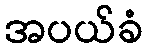
အပယ်ခံ